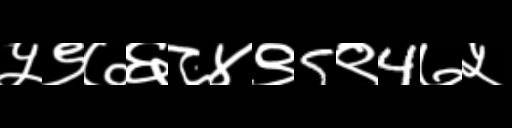
Text: ५९७६८४९5९4७५